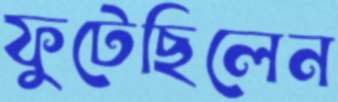
ফুটেছিলেন